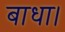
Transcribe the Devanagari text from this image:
बाधा।